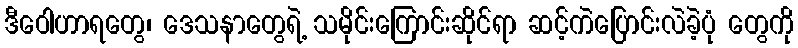
ဒီဝေါဟာရတွေ၊ ဒေသနာတွေရဲ့ သမိုင်းကြောင်းဆိုင်ရာ ဆင့်ကဲပြောင်းလဲခဲ့ပုံ တွေကို